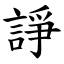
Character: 諍